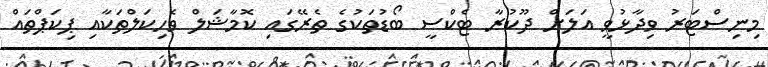
މިނިސްޓަރު ވިދާޅުވީ އަލަށް ދޫކުރާ ޓެކްސީ ބޯޑުތަކުގެ ތެރޭގައި ކޮމާޝަލް ވެހިކަލްތަކާއި ޕިކަޕްތައް